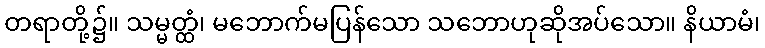
တရာတို့၌။ သမ္မတ္ထံ၊ မဘောက်မပြန်သော သဘောဟုဆိုအပ်သော။ နိယာမံ၊